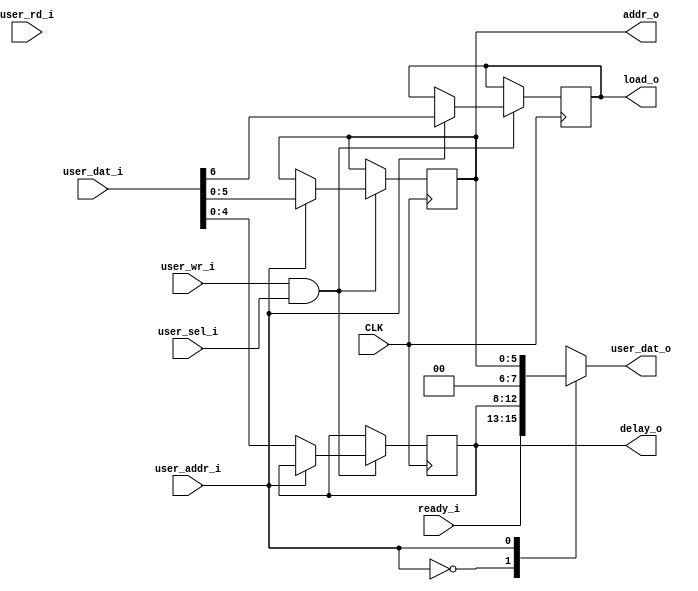
`timescale 1ns / 1ps
module RITC_IDELAY_interface(
		input CLK,
		input user_sel_i,
		input user_addr_i,
		input [7:0] user_dat_i,
		output [7:0] user_dat_o,
		input user_wr_i,
		input user_rd_i,
		
		output [4:0] delay_o,
		output [5:0] addr_o,
		output load_o,
		input [2:0] ready_i
	);
	
	reg [4:0] delay_register = {5{1'b0}};
	reg [5:0] addr_register = {6{1'b0}};
	reg load_register = 0;
	always @(posedge CLK) begin
		if (user_wr_i && user_sel_i) begin
			if (!user_addr_i) delay_register <= user_dat_i[4:0];
			if (user_addr_i) begin
				addr_register <= user_dat_i[5:0];
				load_register <= user_dat_i[6];
			end
		end
	end

	reg [7:0] data_out;
	always @(*) begin
		case (user_addr_i)
			1'b0: data_out <= {ready_i, delay_register};
			1'b1: data_out <= {{2{1'b0}},addr_register};
		endcase
	end

	assign load_o = load_register;
	assign addr_o = addr_register;
	assign delay_o = delay_register;
	assign user_dat_o = data_out;
endmodule